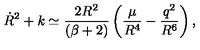
\dot { R } ^ { 2 } + k \simeq \frac { 2 R ^ { 2 } } { ( \beta + 2 ) } \left( \frac { \mu } { R ^ { 4 } } - \frac { q ^ { 2 } } { R ^ { 6 } } \right) ,